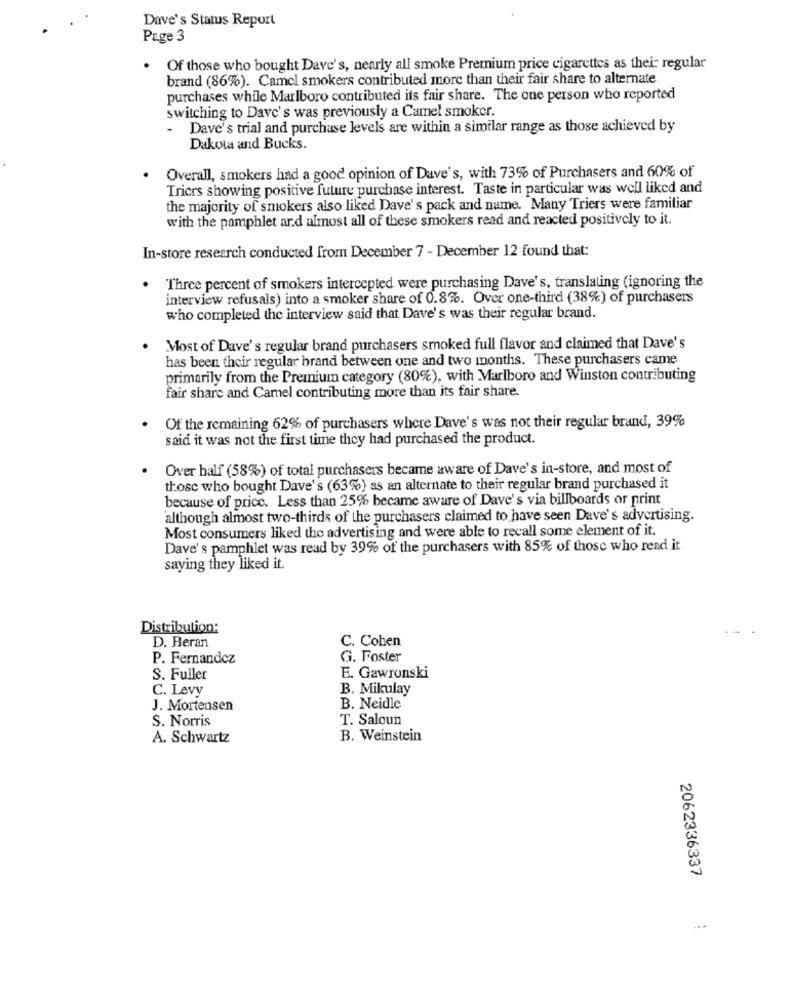
Dave's Status Report
Page 3
. Of those who bought Dave's, nearly all smoke Premium price cigarettes as their regular
brand (86%). Camel smokers contributed more than their fair share to alternate
purchases while Marlboro contributed its fair share. The one person who reported
switching to Dave's was previously a Camel smoker.
- Dave's trial and purchase levels are within a similar range as those achieved by
Dakota and Bucks.
Overall, smokers had a good opinion of Dave's, with 73% of Purchasers and 60% of
Tricrs showing positive future purchase interest. Taste in particular was well liked and
the majority of smokers also liked Dave's pack and name. Many Triers were familiar
with the pamphlet ard almost all of these smokers read and reacted positively to it.
In-store research conducted from December 7 - December 12 found that:
.
Three percent of smokers intercepted were purchasing Dave's, translating (ignoring the
interview refusals) into a smoker share of 0.8%. Over one-third (38%) of purchasers
who completed the interview said that Dave's was their regular brand.
Most of Dave's regular brand purchasers smoked full flavor and claimed that Dave's
has been their regular brand between one and two months. These purchasers came
primarily from the Premium category (80%), with Marlboro and Winston contributing
fair share and Camel contributing more than its fair share.
Of the remaining 62% of purchasers where Dave's was not their regular brand, 39%
said it was not the first time they had purchased the product.
Over half (58%) of total purchasers became aware of Dave's in-store, and most of
those who bought Dave's (63%) as an alternate to their regular brand purchased it
because of pricc. Less than 25% became aware of Dave's via billboards or print
although almost two-thirds of the purchasers claimed to have seen Dave's advertising.
Most consumers liked the advertising and were able to recall some element of it.
Dave's pamphlet was read by 39% of the purchasers with 85% of those who read it
saying they liked it.
Distribution:
D. Beran
C. Cohen
P. Fernandez
G. Foster
S. Fuller
E. Gawronski
C. Levy
B. Mikulay
J. Mortensen
B. Neidle
S. Norris
T. Saloun
A. Schwartz
B. Weinstein
2062336337